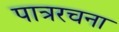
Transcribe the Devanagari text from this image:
पात्ररचना